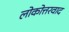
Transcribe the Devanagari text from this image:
लोकोत्तरवाद